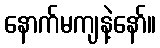
နောက်မကျနဲ့နော်။